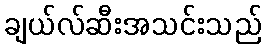
ချယ်လ်ဆီးအသင်းသည်